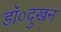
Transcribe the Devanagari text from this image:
डॉ०दुखन